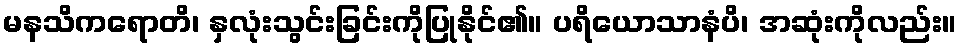
မနသိကရောတိ၊ နှလုံးသွင်းခြင်းကိုပြုနိုင်၏။ ပရိယောသာနံပိ၊ အဆုံးကိုလည်း။